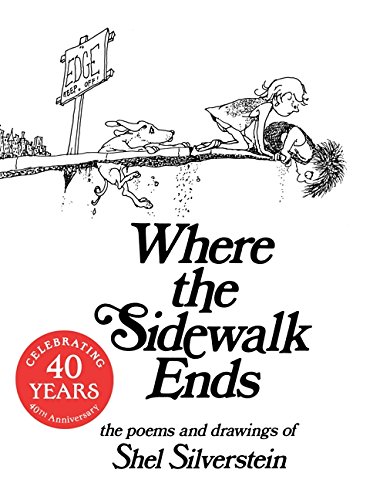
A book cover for Where the Sidewalk Ends: Poems and Drawings; Shel Silverstein; Literature & Fiction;